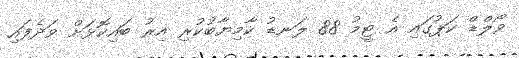
ވޯލްޑް ކަޕުގައި އެ ޓީމު 88 ލަނޑު ކާމިޔާބުކުރި އިރު ބައިކޮޅަށް ވަދެފައި